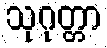
သုဂုတ္တာ